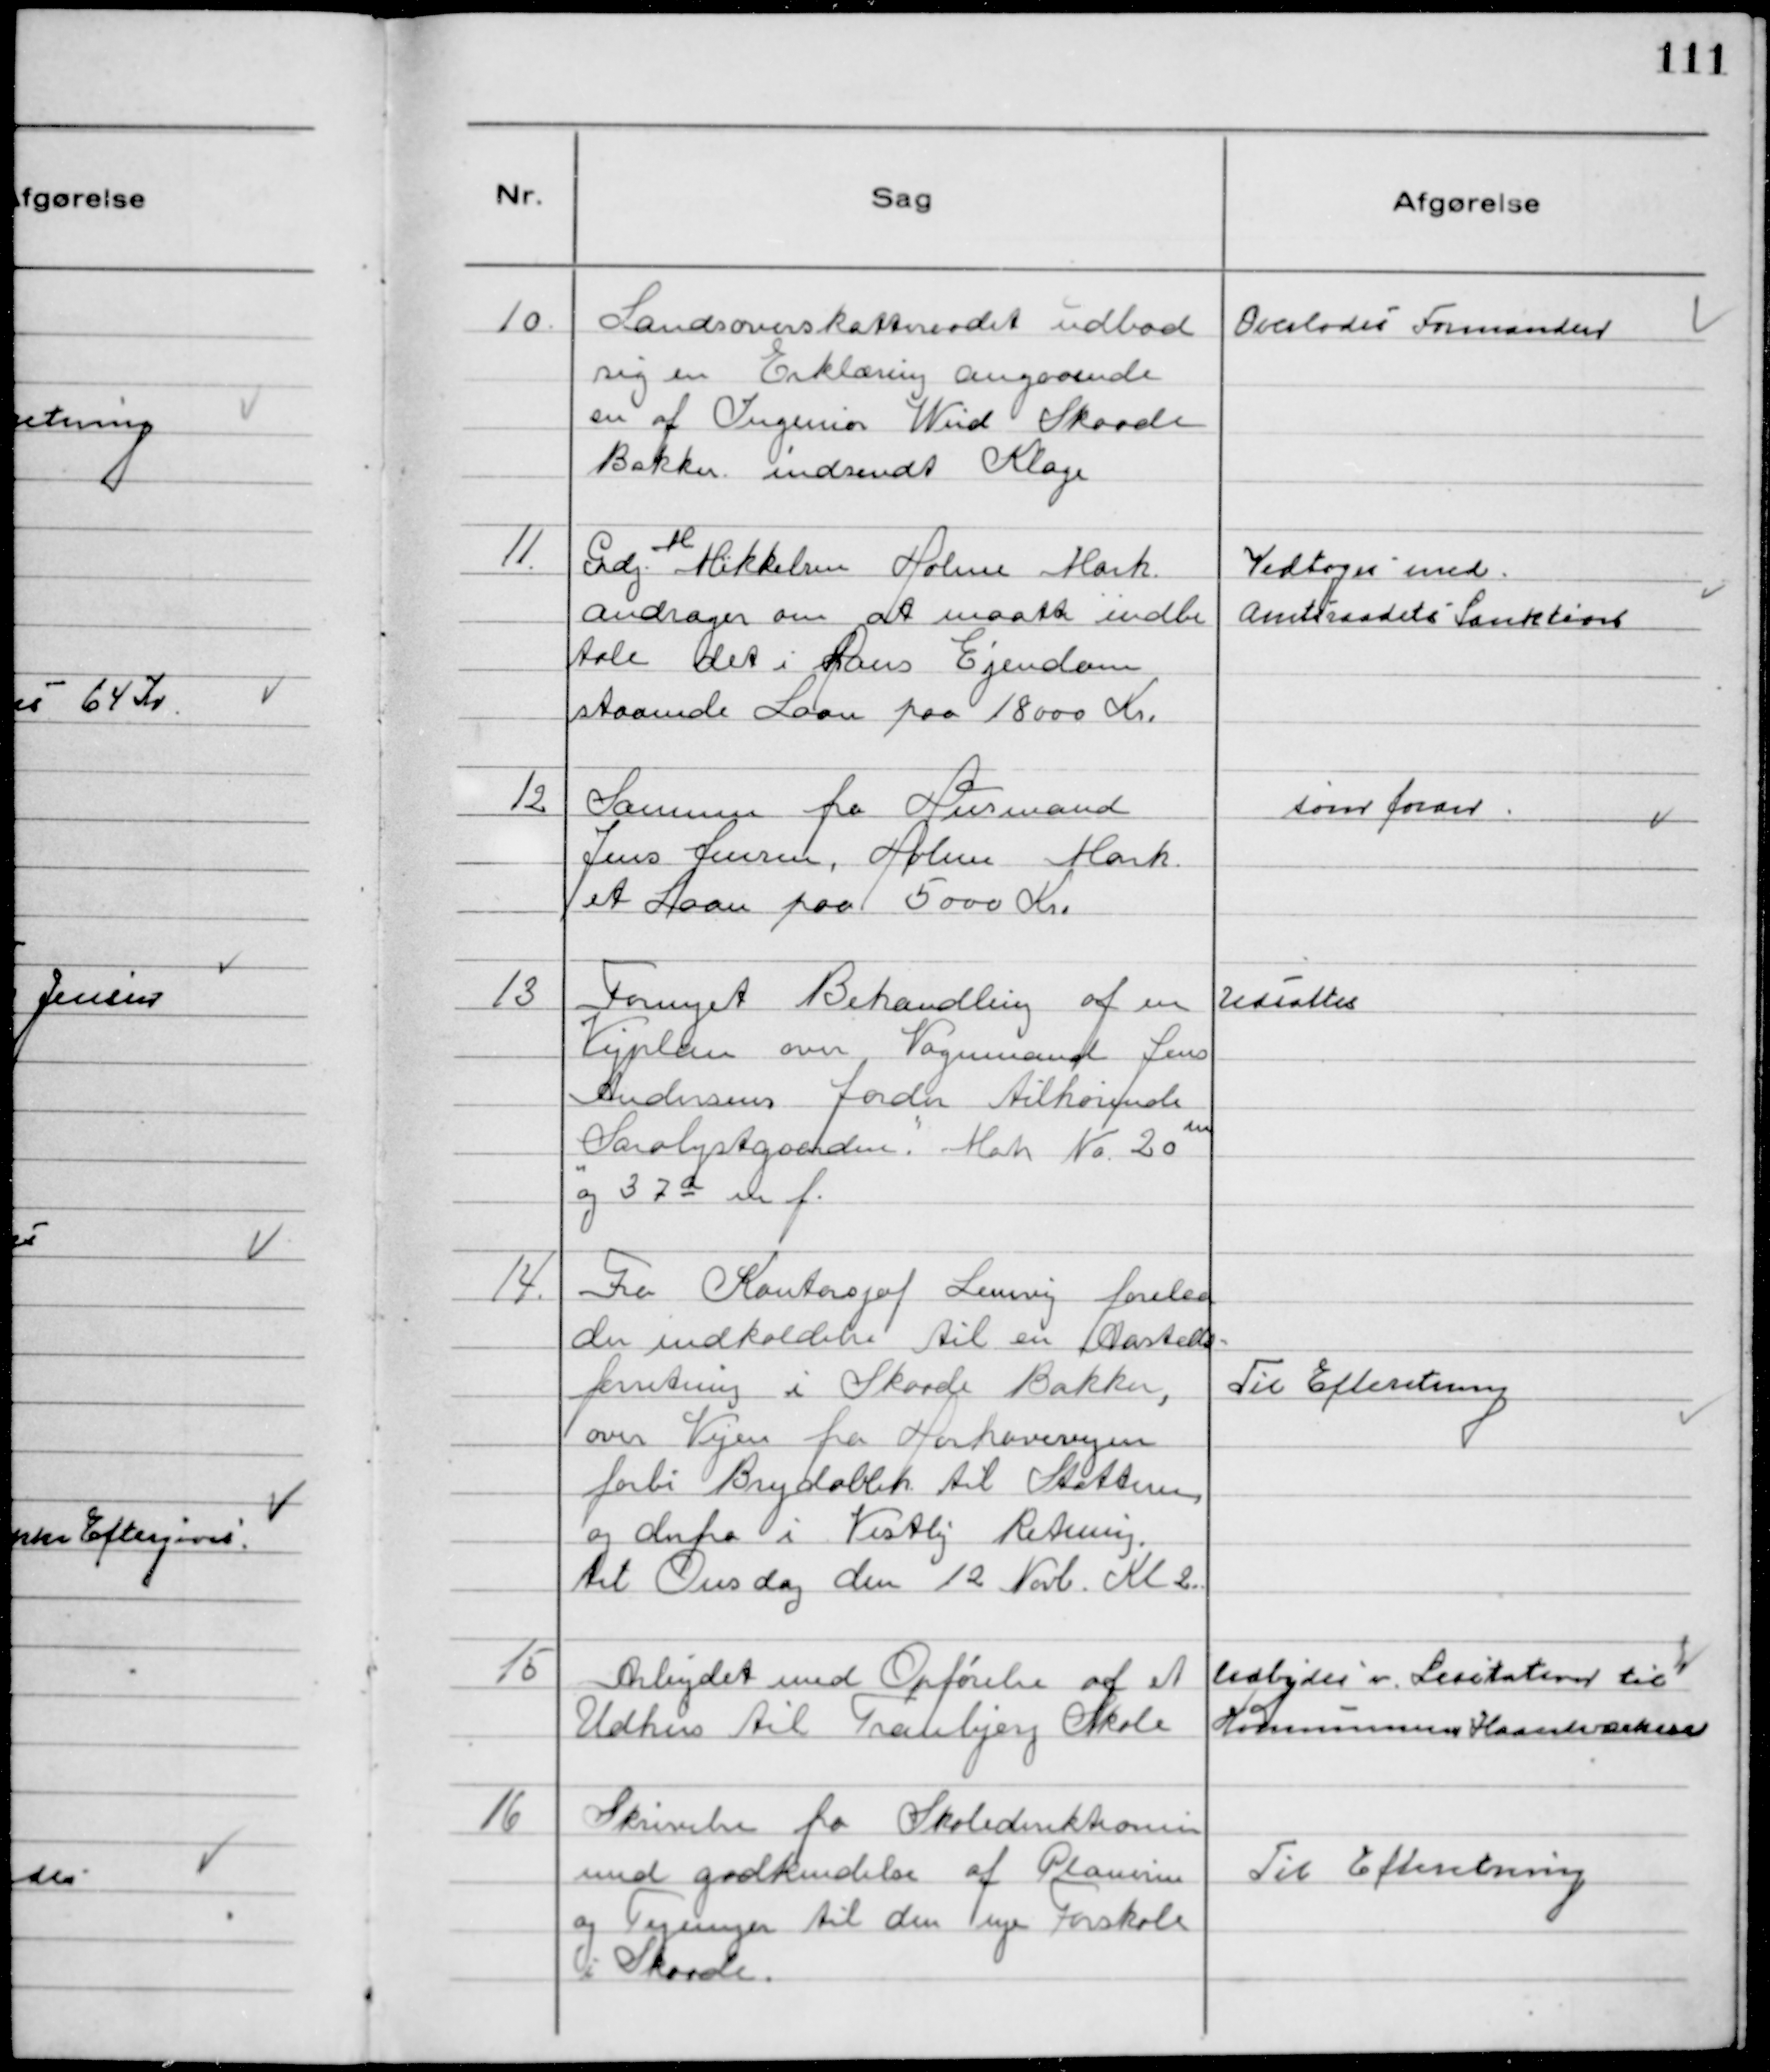
Transskription:
10.
Landsoverskatteraadet udbad
sig en Erklæring angaaende
en af Ingeniør Wind Skaade
Bakker indsendt Klage

Overlodes Formanden

11.
Grdj. M Mikkelsen Holme Mark
andrager om at maatte indbe
tale det i Hans Ejendom
staaende Laan paa 18000 Kr.

Vedtoges med
Amtsraadets Sanktion

12
Samme fra Husmand
Jens Jensen, Holme Mark
et Laan paa 5000 Kr.

som foran

13
Fornyet Behandling af en
Vejplan over Vognmand Jens
Andersens Jorder tilhørende
"Saralystgaarden". Matr № 20 m
og 37 a m f.

Udsattes

14.
Fra Kontorsjæf Lemvig forelaa
der indkaldelse til en Aasteds-
forretning i Skaade Bakker,
over Vejen fra Hørhavevejen
forbi Brydablik til Stattern,
og derfra i Vestlig Retning.
til Onsdag den 12 Novb. Kl 2.

Til Efteretning

15
Arbejdet med Opførelse af et
Udhus til Tranbjerg Skole

Udbydes v. Licitation til
Kommunens Haandværkere

16
Skrivelse fra Skoledirektionen
med godkendelse af Planerne
og Tegninger til den nye Forskole
i Skaade.

Til Efteretning